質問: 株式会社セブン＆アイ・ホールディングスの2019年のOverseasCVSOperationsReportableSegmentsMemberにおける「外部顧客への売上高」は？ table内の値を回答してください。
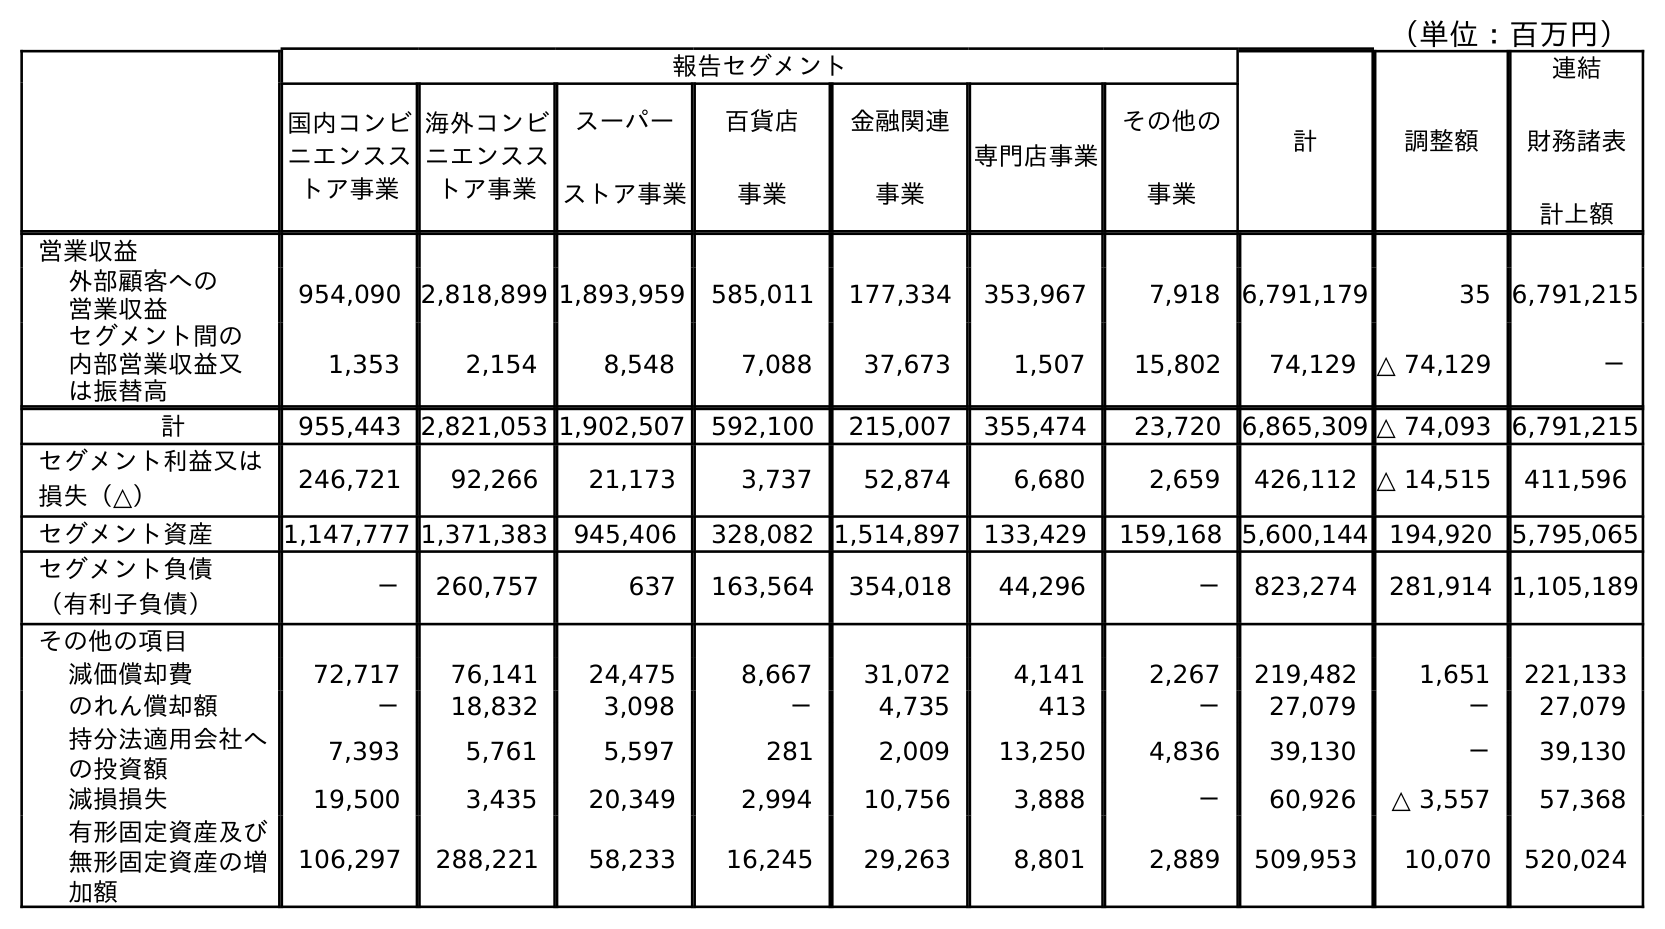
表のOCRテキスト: （単位：百万円） 報告セグメント 計 調整額 連結 財務諸表 計上額 国内コンビ ニエンスス トア事業 海外コンビ ニエンスス トア事業 スーパー ストア事業 百貨店 事業 金融関連 事業 専門店事業 その他の 事業 営業収益 外部顧客への 営業収益 954,090 2,818,899 1,893,959 585,011 177,334 353,967 7,918 6,791,179 35 6,791,215 セグメント間の 内部営業収益又 は振替高 1,353 2,154 8,548 7,088 37,673 1,507 15,802 74,129 △ 74,129 － 計 955,443 2,821,053 1,902,507 592,100 215,007 355,474 23,720 6,865,309 △ 74,093 6,791,215 セグメント利益又は 損失（△） 246,721 92,266 21,173 3,737 52,874 6,680 2,659 426,112 △ 14,515 411,596 セグメント資産 1,147,777 1,371,383 945,406 328,082 1,514,897 133,429 159,168 5,600,144 194,920 5,795,065 セグメント負債 （有利子負債） － 260,757 637 163,564 354,018 44,296 － 823,274 281,914 1,105,189 その他の項目 減価償却費 72,717 76,141 24,475 8,667 31,072 4,141 2,267 219,482 1,651 221,133 のれん償却額 － 18,832 3,098 － 4,735 413 － 27,079 － 27,079 持分法適用会社へ の投資額 7,393 5,761 5,597 281 2,009 13,250 4,836 39,130 － 39,130 減損損失 19,500 3,435 20,349 2,994 10,756 3,888 － 60,926 △ 3,557 57,368 有形固定資産及び 無形固定資産の増 加額 106,297 288,221 58,233 16,245 29,263 8,801 2,889 509,953 10,070 520,024
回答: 2,818,899